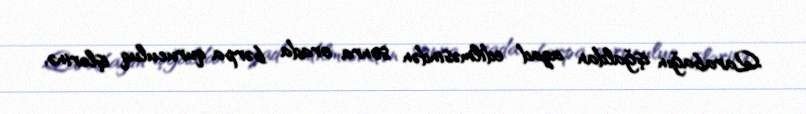
Qarabağın işğaldan azad edilməsindən sonra orada bərpa quruculuq işlərinə,